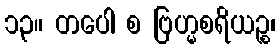
၁၃။ တပေါ စ ဗြဟ္မစရိယဉ္စ၊